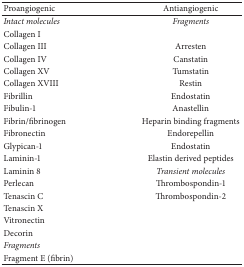
<table><thead><tr><td><b>Proangiogenic</b></td><td><b>Antiangiogenic</b></td></tr></thead><tbody><tr><td><i>Intact molecules </i></td><td><i>Fragments </i></td></tr><tr><td>Collagen I</td><td> </td></tr><tr><td>Collagen III</td><td>Arresten</td></tr><tr><td>Collagen IV</td><td>Canstatin</td></tr><tr><td>Collagen XV</td><td>Tumstatin</td></tr><tr><td>Collagen XVIII</td><td>Restin</td></tr><tr><td>Fibrillin</td><td>Endostatin</td></tr><tr><td>Fibulin-1</td><td>Anastellin</td></tr><tr><td>Fibrin/fibrinogen</td><td>Heparin binding fragments</td></tr><tr><td>Fibronectin</td><td>Endorepellin</td></tr><tr><td>Glypican-1</td><td>Endostatin</td></tr><tr><td>Laminin-1</td><td>Elastin derived peptides</td></tr><tr><td>Laminin 8</td><td><i>Transient molecules </i></td></tr><tr><td>Perlecan</td><td>Thrombospondin-1</td></tr><tr><td>Tenascin C</td><td>Thrombospondin-2</td></tr><tr><td>Tenascin X </td><td> </td></tr><tr><td>Vitronectin</td><td> </td></tr><tr><td>Decorin</td><td> </td></tr><tr><td><i>Fragments </i></td><td> </td></tr><tr><td>Fragment E (fibrin)</td><td> </td></tr></tbody></table>